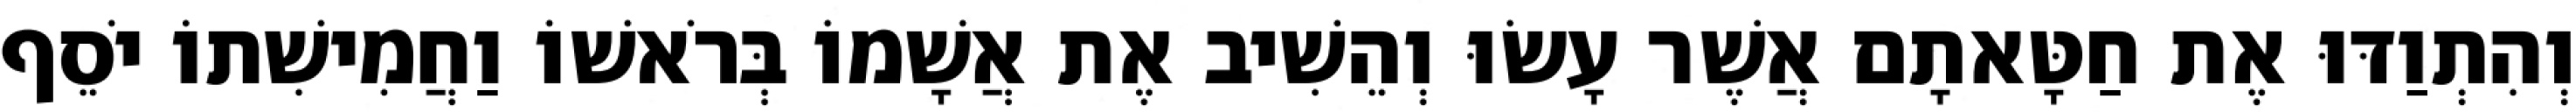
וְהִתְוַדּוּ אֶת חַטָּאתָם אֲשֶׁר עָשׂוּ וְהֵשִׁיב אֶת אֲשָׁמוֹ בְּרֹאשׁוֹ וַחֲמִישִׁתוֹ יֹסֵף